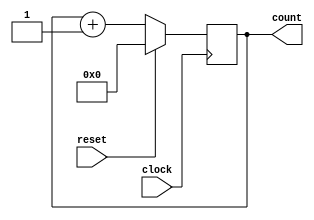
module SC (clock, reset, count);
    input clock;
    input reset;

    output reg [3:0] count = 4'b0000;

    always @(posedge clock) begin
        if (reset == 1) begin
            count <= 4'b0000;
        end
        else begin
            count <= count + 1;
        end
    end
endmodule